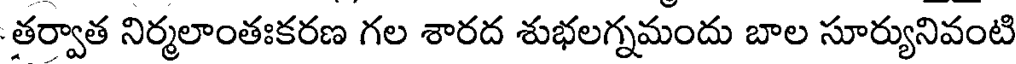
తర్వాత నిర్మలాంతఃకరణ గల శారద శుభలగ్నమందు బాల సూర్యునివంటి